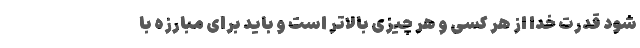
شود قدرت خدا از هر کسی و هر چیزی بالاتر است و باید برای مبارزه با